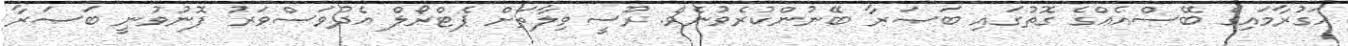
ހަގުރާމައިގެ ބޭސްއެއްގެ ގޮތުގައި ބަޞަރާ ބޭނުންކުރެވުނެވެ. ރޫސީވިލާތަށް ޕެޓްރޯލް އެދުވަސްވަރު ފޮނުވުނީ ބަޞަރާ